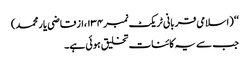
‘‘ (اسلامی قربانی ٹریکٹ نمبر۱۳۴،ازقاضی یار محمد)
جب سے یہ کائنات تخلیق ہوئی ہے۔